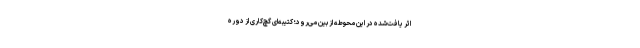
اثر یافت‌شده در این محوطه از بین می‌رود؛ کتیبه‌ای گچ‌کاری از دوره